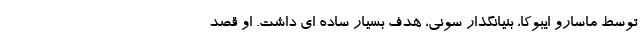
توسط ماسارو ایبوکا، بنیانگذار سونی، هدف بسیار ساده ای داشت. او قصد